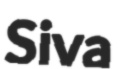
Siva